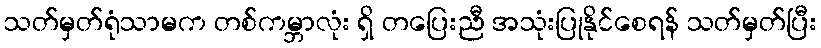
သတ်မှတ်ရုံသာမက တစ်ကမ္ဘာလုံး ရှိ တပြေးညီ အသုံးပြုနိုင်စေရန် သတ်မှတ်ပြီး